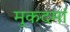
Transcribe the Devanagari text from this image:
मुकदमां